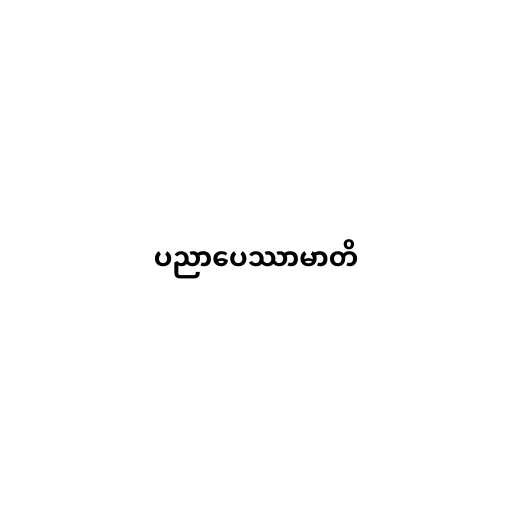
ပညာပေဿာမာတိ